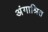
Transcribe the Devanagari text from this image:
अंगाश्रित